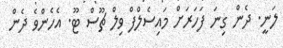
ލަނީ. ދެން ގިނަ ފަހަރަށް މައިސެލްފް ވިލް ޗޫސް ޓޫ. އެހެންވެ ދެން